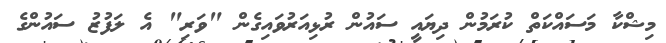
މިޝްކާ މަސައްކަތް ކުރަމުން ދިޔައީ ސައުން ރުޅިއަރުވައިގެން "ވަރި" އެ ލަފުޒު ސައުންގެ